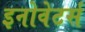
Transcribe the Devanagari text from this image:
इनोवेटर्स